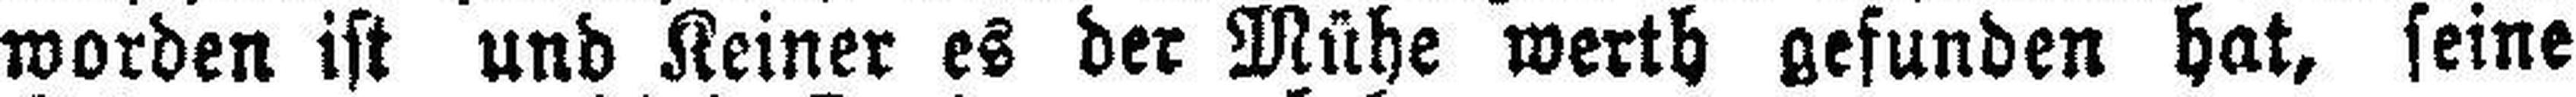
worden ist und Keiner es der Mühe werth gefunden hat, seine